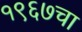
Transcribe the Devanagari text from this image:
१९६७चा